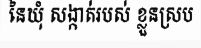
នៃឃុំ សង្កាត់របស់ ខ្លួនស្រប